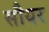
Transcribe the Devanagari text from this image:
सौयर